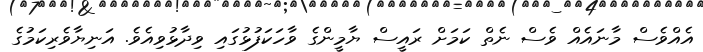
އެއްވެސް މާނައެއް ވެސް ނެތް ކަމަށް ރައީސް ޔާމީންގެ ވާހަކަފުޅުގައި ވިދާޅުވިއެވެ. އަނިޔާވެރިކަމުގެ